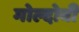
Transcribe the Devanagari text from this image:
मोल्दोवी